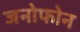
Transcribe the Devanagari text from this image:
जनोफोन